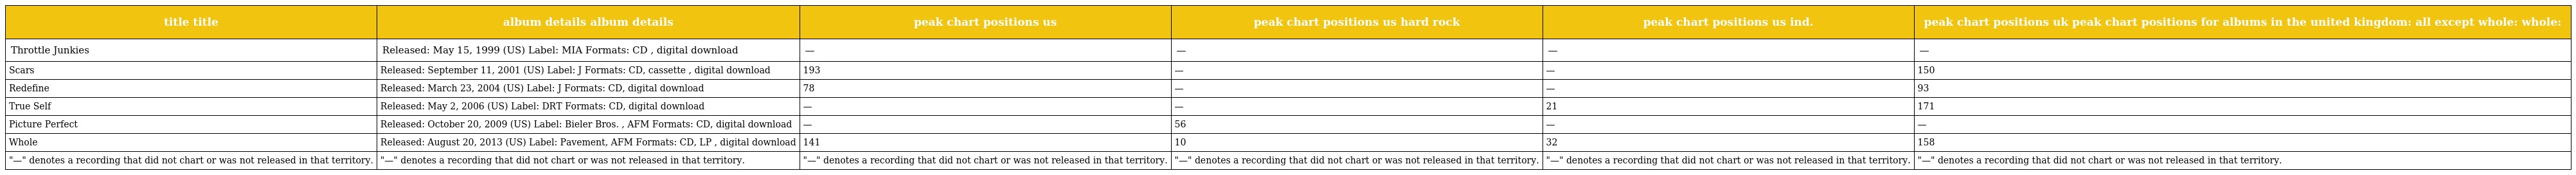
| title title | album details album details | peak chart positions us | peak chart positions us hard rock | peak chart positions us ind. | peak chart positions uk peak chart positions for albums in the united kingdom: all except whole: whole: |
 | --- | --- | --- | --- | --- | --- |
 | Throttle Junkies | Released: May 15, 1999 (US) Label: MIA Formats: CD , digital download | — | — | — | — |
 | Scars | Released: September 11, 2001 (US) Label: J Formats: CD, cassette , digital download | 193 | — | — | 150 |
 | Redefine | Released: March 23, 2004 (US) Label: J Formats: CD, digital download | 78 | — | — | 93 |
 | True Self | Released: May 2, 2006 (US) Label: DRT Formats: CD, digital download | — | — | 21 | 171 |
 | Picture Perfect | Released: October 20, 2009 (US) Label: Bieler Bros. , AFM Formats: CD, digital download | — | 56 | — | — |
 | Whole | Released: August 20, 2013 (US) Label: Pavement, AFM Formats: CD, LP , digital download | 141 | 10 | 32 | 158 |
 | "—" denotes a recording that did not chart or was not released in that territory. | "—" denotes a recording that did not chart or was not released in that territory. | "—" denotes a recording that did not chart or was not released in that territory. | "—" denotes a recording that did not chart or was not released in that territory. | "—" denotes a recording that did not chart or was not released in that territory. | "—" denotes a recording that did not chart or was not released in that territory. |